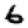
Digit: 6